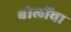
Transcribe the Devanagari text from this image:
बोलींचा